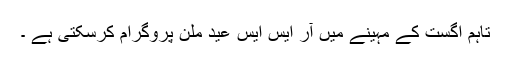
تاہم اگست کے مہینے میں آر ایس ایس عید ملن پروگرام کرسکتی ہے ۔